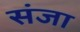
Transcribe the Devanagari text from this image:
संजा